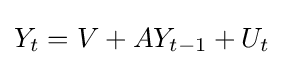
Y_{t}=V+AY_{t-1}+U_{t}